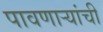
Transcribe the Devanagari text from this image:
पावणाऱ्यांची